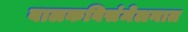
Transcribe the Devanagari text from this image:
बालकविसंमेलनात